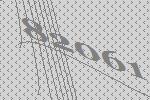
82061